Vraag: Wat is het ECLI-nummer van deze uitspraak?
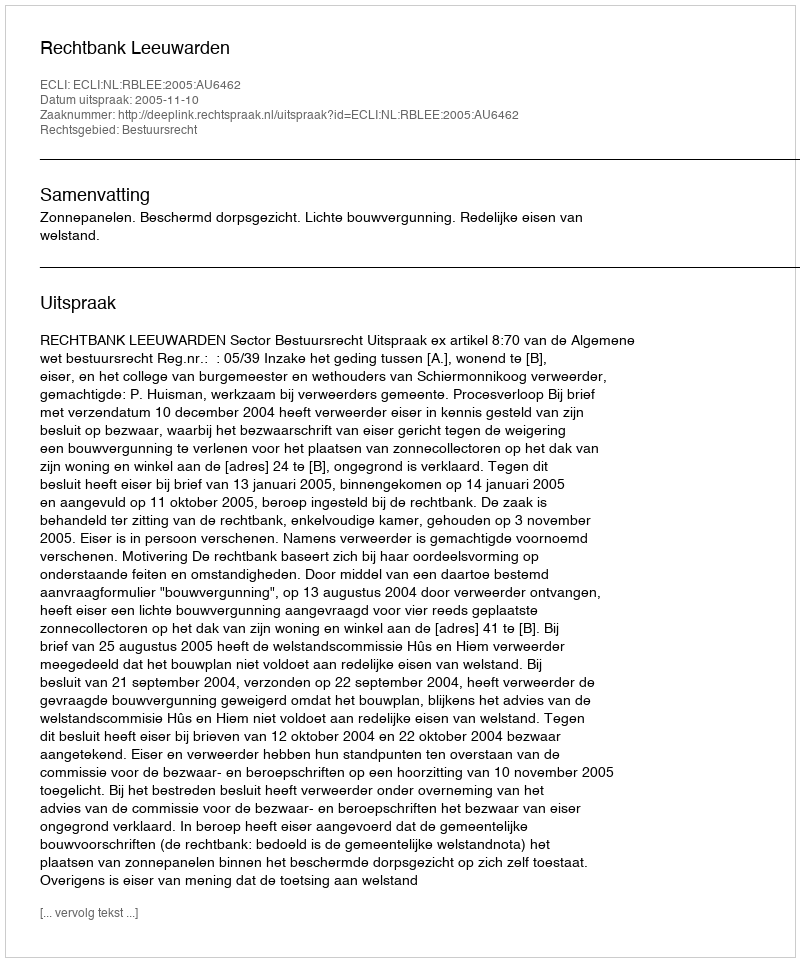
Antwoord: ECLI:NL:RBLEE:2005:AU6462